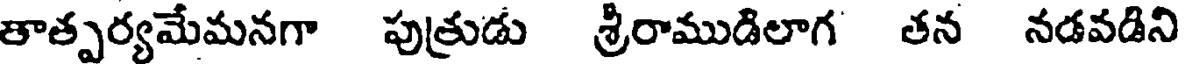
తాత్పర్యమేమనగా పుత్రుడు శ్రీరాముడిలాగ తన నడవడిని